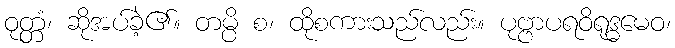
ဝုတ္တံ၊ ဆိုအပ်ခဲ့၏။ တမ္ပိ စ၊ ထိုစကားသည်လည်း။ ပုဗ္ဗာပရဝိရုဒ္ဓမေဝ၊